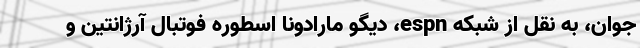
جوان، به نقل از شبکه espn، دیگو مارادونا اسطوره فوتبال آرژانتین و